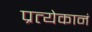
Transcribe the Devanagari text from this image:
प्रत्येकानं